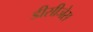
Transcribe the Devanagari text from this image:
डीसीजेस